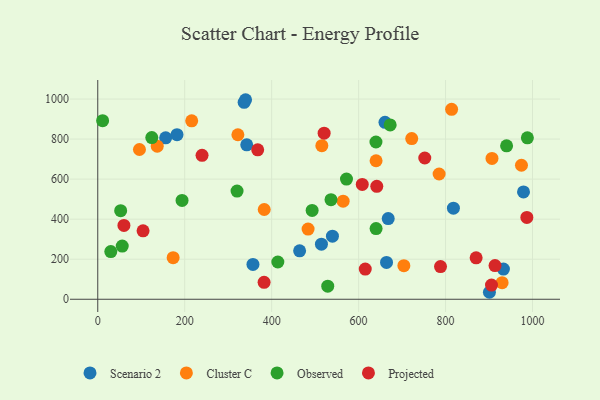
{"axis": {"x": "Experience", "y": "Profit"}, "legend": ["Cluster C", "Observed", "Projected", "Scenario 2"], "data": [{"x": "336.7", "y": 983.7, "type": "Scenario 2"}, {"x": "156.2", "y": 806.3, "type": "Scenario 2"}, {"x": "342.7", "y": 771.4, "type": "Scenario 2"}, {"x": "539.8", "y": 315.1, "type": "Scenario 2"}, {"x": "664.2", "y": 184.0, "type": "Scenario 2"}, {"x": "818.1", "y": 455.0, "type": "Scenario 2"}, {"x": "182.3", "y": 822.2, "type": "Scenario 2"}, {"x": "357.0", "y": 174.0, "type": "Scenario 2"}, {"x": "340.0", "y": 996.6, "type": "Scenario 2"}, {"x": "933.1", "y": 150.8, "type": "Scenario 2"}, {"x": "900.9", "y": 34.9, "type": "Scenario 2"}, {"x": "514.5", "y": 275.1, "type": "Scenario 2"}, {"x": "979.3", "y": 536.2, "type": "Scenario 2"}, {"x": "464.3", "y": 242.0, "type": "Scenario 2"}, {"x": "660.7", "y": 883.6, "type": "Scenario 2"}, {"x": "668.1", "y": 403.1, "type": "Scenario 2"}, {"x": "564.4", "y": 490.0, "type": "Cluster C"}, {"x": "173.4", "y": 207.9, "type": "Cluster C"}, {"x": "930.1", "y": 82.9, "type": "Cluster C"}, {"x": "785.2", "y": 625.7, "type": "Cluster C"}, {"x": "382.9", "y": 448.3, "type": "Cluster C"}, {"x": "95.9", "y": 747.9, "type": "Cluster C"}, {"x": "974.6", "y": 669.4, "type": "Cluster C"}, {"x": "722.2", "y": 802.5, "type": "Cluster C"}, {"x": "515.4", "y": 767.3, "type": "Cluster C"}, {"x": "906.8", "y": 703.5, "type": "Cluster C"}, {"x": "322.3", "y": 821.6, "type": "Cluster C"}, {"x": "640.2", "y": 691.8, "type": "Cluster C"}, {"x": "813.9", "y": 948.7, "type": "Cluster C"}, {"x": "136.8", "y": 764.5, "type": "Cluster C"}, {"x": "216.1", "y": 891.0, "type": "Cluster C"}, {"x": "704.1", "y": 167.9, "type": "Cluster C"}, {"x": "483.8", "y": 350.6, "type": "Cluster C"}, {"x": "639.9", "y": 785.4, "type": "Observed"}, {"x": "52.7", "y": 442.7, "type": "Observed"}, {"x": "56.3", "y": 265.6, "type": "Observed"}, {"x": "536.5", "y": 497.2, "type": "Observed"}, {"x": "940.4", "y": 766.6, "type": "Observed"}, {"x": "193.9", "y": 493.5, "type": "Observed"}, {"x": "414.2", "y": 186.1, "type": "Observed"}, {"x": "572.1", "y": 600.1, "type": "Observed"}, {"x": "320.4", "y": 540.4, "type": "Observed"}, {"x": "124.3", "y": 807.4, "type": "Observed"}, {"x": "672.6", "y": 870.7, "type": "Observed"}, {"x": "11.2", "y": 892.0, "type": "Observed"}, {"x": "30.0", "y": 238.2, "type": "Observed"}, {"x": "529.0", "y": 65.5, "type": "Observed"}, {"x": "640.2", "y": 352.9, "type": "Observed"}, {"x": "988.2", "y": 806.5, "type": "Observed"}, {"x": "493.1", "y": 443.5, "type": "Observed"}, {"x": "382.6", "y": 84.8, "type": "Projected"}, {"x": "239.9", "y": 718.8, "type": "Projected"}, {"x": "752.2", "y": 705.5, "type": "Projected"}, {"x": "367.9", "y": 746.5, "type": "Projected"}, {"x": "788.4", "y": 163.4, "type": "Projected"}, {"x": "870.3", "y": 207.2, "type": "Projected"}, {"x": "641.8", "y": 564.1, "type": "Projected"}, {"x": "905.7", "y": 71.1, "type": "Projected"}, {"x": "608.4", "y": 573.8, "type": "Projected"}, {"x": "987.0", "y": 408.5, "type": "Projected"}, {"x": "60.2", "y": 368.7, "type": "Projected"}, {"x": "520.7", "y": 829.5, "type": "Projected"}, {"x": "104.2", "y": 341.8, "type": "Projected"}, {"x": "615.3", "y": 150.7, "type": "Projected"}, {"x": "913.8", "y": 168.5, "type": "Projected"}]}